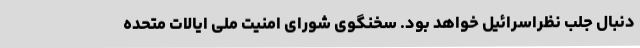
دنبال جلب نظراسرائیل خواهد بود. سخنگوی شورای امنیت ملی ایالات متحده